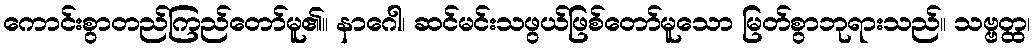
ကောင်းစွာတည်ကြည်တော်မူ၏။ နာဂေါ၊ ဆင်မင်းသဖွယ်ဖြစ်တော်မူသော မြတ်စွာဘုရားသည်။ သဗ္ဗတ္ထ၊